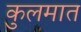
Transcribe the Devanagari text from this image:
कुलमात